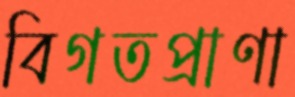
বিগতপ্রাণা